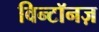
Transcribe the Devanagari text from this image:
विन्टॉनज़